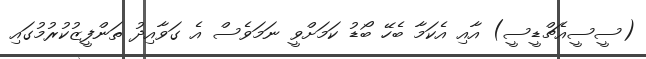
(ސީސީއެޗްޑީސީ) އާއި އެކަމާ ބެހޭ ބޯޑު ކަމަށްވީ ނަމަވެސް އެ ގަވާއިދު ތަންފީޒުކުރުމުގައި